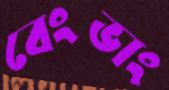
বেংভাং